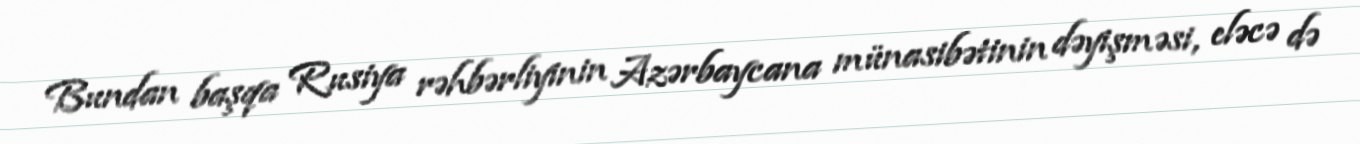
Bundan başqa Rusiya rəhbərliyinin Azərbaycana münasibətinin dəyişməsi, eləcə də